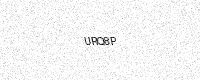
Text: URQ8P